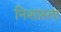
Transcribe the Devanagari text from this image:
निशास्ता